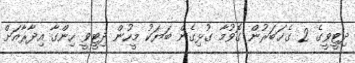
ދިޓީވީގެ 2 ގެޚަބަރުން ގޮވުމާ ގުޅިގެން ބަޔަކު މީހުން ދިޓީވީ ހިންގާ އިދާރާއަށް